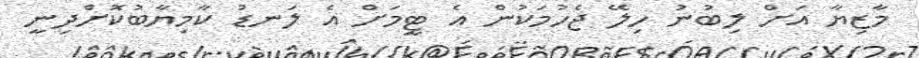
މާޒިޔާ އަށް ލިބުނު ހިލޭ ޖެހުމަކުން އެ ޓީމަށް އެ ލަނޑު ކާމިޔާބުކޮށްދިނީ